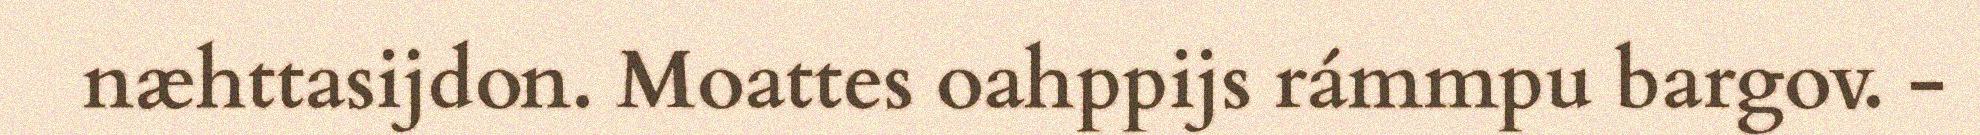
næhttasijdon. Moattes oahppijs rámmpu bargov. -